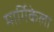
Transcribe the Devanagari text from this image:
मार्गिकेला